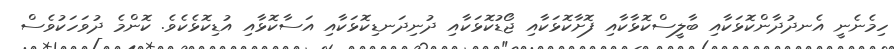
ހިމެނެނީ އެނދުދާންކޮޅަކާއި ބާލީސްކޮޅާކާއި ފޮށާކޮޅަކާއި ޖޯޑުކޮޅަކާއި ދުނިދަނޑިކޮޅަކާއި އަސާކޮޅާއި އުޑިކޮޅެކެވެ. ކޮންމެ ދުވަހަކުވެސް